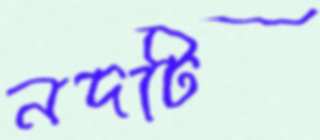
নদটি